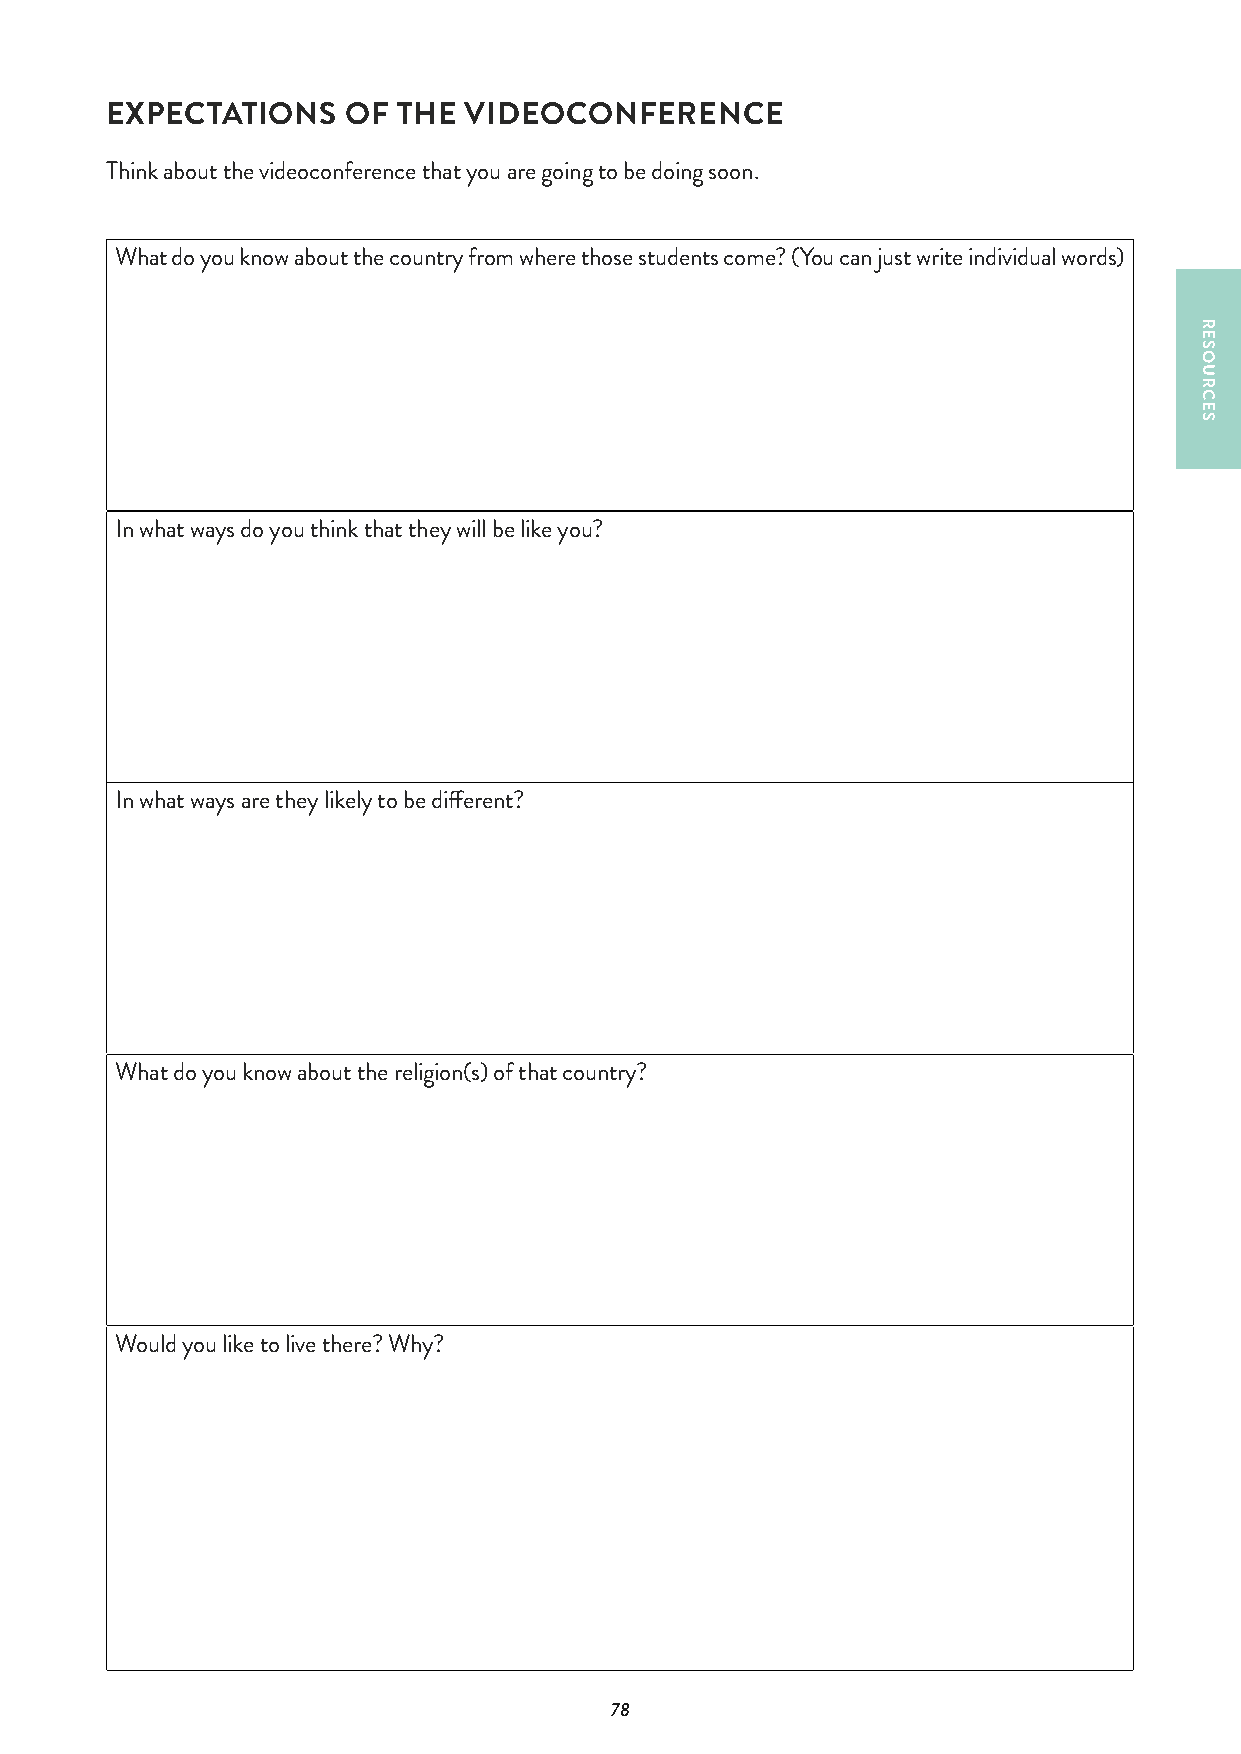
EXPECTATIONS    OF THE  VIDEOCONFERENCE
 Think about the videoconference that you are going to be doing soon.
 What do you know about the country from where those students come? (You can just write individual words)
 In what ways do you think that they will be like you?
 In what ways are they likely to be different?
 What do you know about the religion(s) of that country?
 Would you like to live there? Why?
 78
 RESOURCES